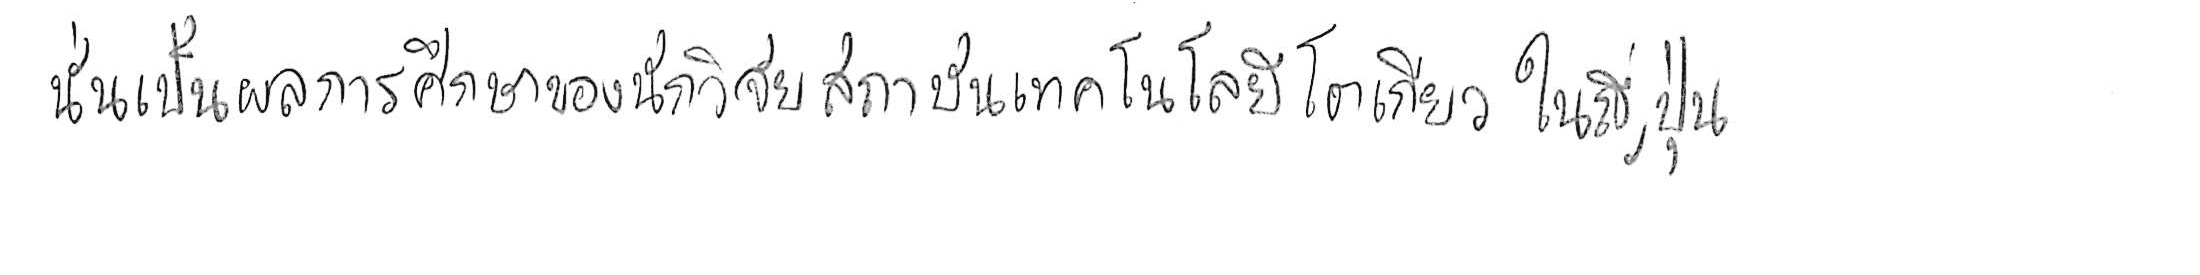
นั่นเป็นผลการศึกษาของนักวิจัยสถาบันเทคโนโลยีโตเกียว ในญี่ปุ่น